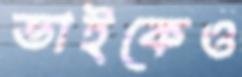
ভাইকেও